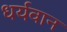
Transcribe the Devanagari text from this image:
धर्यवान